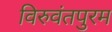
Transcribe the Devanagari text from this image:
विरुवंतपुरम